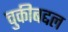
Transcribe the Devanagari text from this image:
चुकीबद्दल